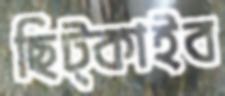
ছিট্‌কাইব